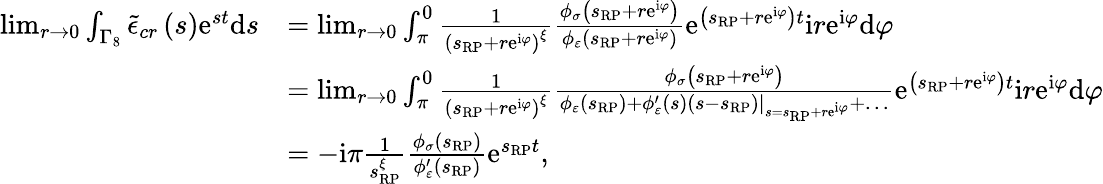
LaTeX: \begin{array}{rl}{\operatorname*{lim}_{r\rightarrow 0}\int_{\Gamma_{8}}\tilde{\epsilon}_{cr}\left(s\right)\mathrm{e}^{st}\mathrm{d}s}&{=\operatorname*{lim}_{r\rightarrow 0}\int_{\pi}^{0}\frac{1}{\left(s_{\scriptscriptstyle{\mathrm{RP}}}+r\mathrm{e}^{\mathrm{i}\varphi}\right)^{\xi}}\frac{\phi_{\sigma}\left(s_{\scriptscriptstyle{\mathrm{RP}}}+r\mathrm{e}^{\mathrm{i}\varphi}\right)}{\phi_{\varepsilon}\left(s_{\scriptscriptstyle{\mathrm{RP}}}+r\mathrm{e}^{\mathrm{i}\varphi}\right)}\mathrm{e}^{\left(s_{\scriptscriptstyle{\mathrm{RP}}}+r\mathrm{e}^{\mathrm{i}\varphi}\right)t}\mathrm{i}r\mathrm{e}^{\mathrm{i}\varphi}\mathrm{d}\varphi}\\ &{=\operatorname*{lim}_{r\rightarrow 0}\int_{\pi}^{0}\frac{1}{\left(s_{\scriptscriptstyle{\mathrm{RP}}}+r\mathrm{e}^{\mathrm{i}\varphi}\right)^{\xi}}\frac{\phi_{\sigma}\left(s_{\scriptscriptstyle{\mathrm{RP}}}+r\mathrm{e}^{\mathrm{i}\varphi}\right)}{\phi_{\varepsilon}\left(s_{\scriptscriptstyle{\mathrm{RP}}}\right)+\left.\phi_{\varepsilon}^{\prime}\left(s\right)\left(s-s_{\scriptscriptstyle{\mathrm{RP}}}\right)\right\vert_{s=s_{\scriptscriptstyle{\mathrm{RP}}}+r\mathrm{e}^{\mathrm{i}\varphi}}+\ldots}\mathrm{e}^{\left(s_{\scriptscriptstyle{\mathrm{RP}}}+r\mathrm{e}^{\mathrm{i}\varphi}\right)t}\mathrm{i}r\mathrm{e}^{\mathrm{i}\varphi}\mathrm{d}\varphi}\\ &{=-\mathrm{i}\pi\frac{1}{s_{\scriptscriptstyle{\mathrm{RP}}}^{\xi}}\frac{\phi_{\sigma}\left(s_{\scriptscriptstyle{\mathrm{RP}}}\right)}{\phi_{\varepsilon}^{\prime}\left(s_{\scriptscriptstyle{\mathrm{RP}}}\right)}\mathrm{e}^{s_{\scriptscriptstyle{\mathrm{RP}}}t},}\end{array}